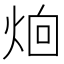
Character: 𪸰